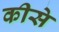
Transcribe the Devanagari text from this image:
कीसे